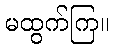
မထွက်ကြ။